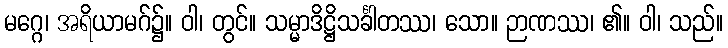
မဂ္ဂေ၊ အရိယာမဂ်၌။ ဝါ၊ တွင်။ သမ္မာဒိဋ္ဌိသင်္ခါတဿ၊ သော။ ဉာဏဿ၊ ၏။ ဝါ၊ သည်။